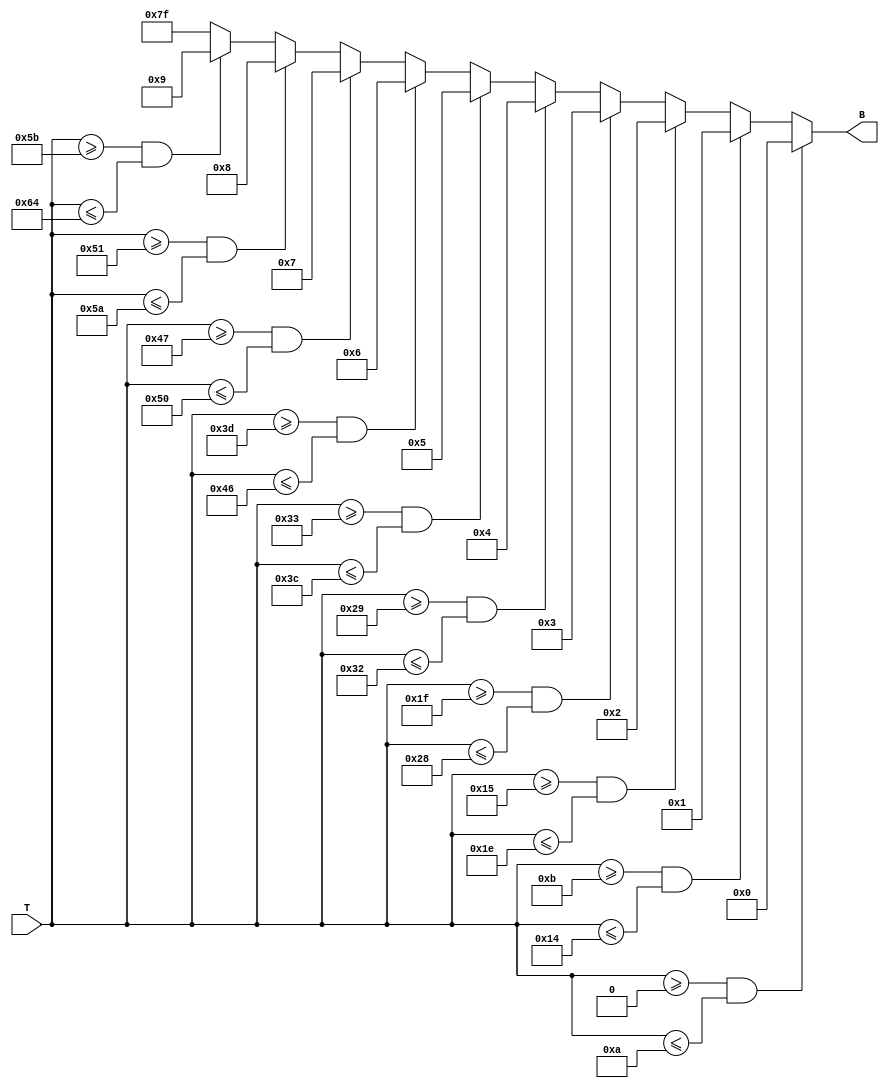
module ThermalEncoder (
    input [7:0] T,       // 8-bit temperature input
    output reg [6:0] B   // 7-bit encoded output
);

    always @(*) begin
        // Default case: Assign a default value, e.g., 7'b1111111 for out-of-range temperatures
        B = 7'b1111111; 
        
        // Encoding logic based on temperature ranges
        if (T >= 8'd0 && T <= 8'd10)    B = 7'b0000000; // 0C to 10C
        else if (T >= 8'd11 && T <= 8'd20) B = 7'b0000001; // 11C to 20C
        else if (T >= 8'd21 && T <= 8'd30) B = 7'b0000010; // 21C to 30C
        else if (T >= 8'd31 && T <= 8'd40) B = 7'b0000011; // 31C to 40C
        else if (T >= 8'd41 && T <= 8'd50) B = 7'b0000100; // 41C to 50C
        else if (T >= 8'd51 && T <= 8'd60) B = 7'b0000101; // 51C to 60C
        else if (T >= 8'd61 && T <= 8'd70) B = 7'b0000110; // 61C to 70C
        else if (T >= 8'd71 && T <= 8'd80) B = 7'b0000111; // 71C to 80C
        else if (T >= 8'd81 && T <= 8'd90) B = 7'b0001000; // 81C to 90C
        else if (T >= 8'd91 && T <= 8'd100) B = 7'b0001001; // 91C to 100C
        // Additional ranges can be added as needed
    end

endmodule